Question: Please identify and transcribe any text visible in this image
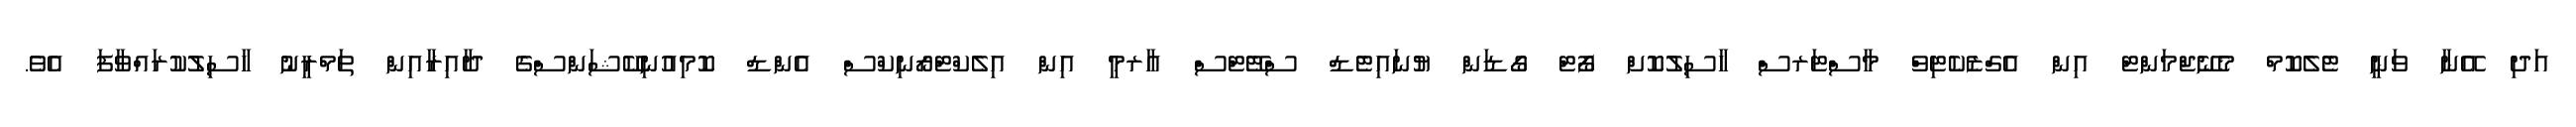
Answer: އަދި އޭނާ ވަނީ ޓެލެކޮމް މެނޭޖްމަންޓް އިން އެގްޒެކެޓިވް މާސްޓަރސް ހާސިލުކޮށް ފޯޓް ގޯޑަން ޔުނައިޓެޑް ސްޓޭޓްސް އާރމީ އިން އިލެކްޓްރޯނިކްސް އެންޑް ކޮމިއުނިކޭޝަންސްގެ ދާއިރާއިން ތަމްރީނު ހާސިލުކުރައްވާފަ އެވެ.